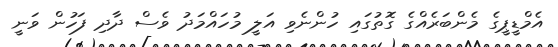
އެމްޑީޕީގެ މެންބަރެއްގެ ގޮތުގައި ހުންނެވި އަލީ މުހައްމަދު ވެސް ދާދި ފަހުން ވަނީ